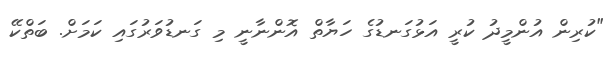
"ކުރިން އުންމީދު ކުރީ އަޅުގަނޑުގެ ހަޔާތް އޮންނާނީ މި ގަނޑުވަރުގައި ކަމަށް. ބަތްކޭ